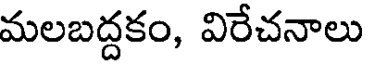
మలబద్దకం, విరేచనాలు